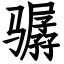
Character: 骣